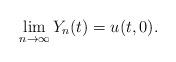
LaTeX: \begin{align*}\lim_{n\to\infty}Y_n(t) = u(t,0).\end{align*}